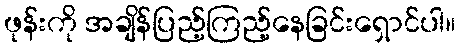
ဖုန်းကို အချိန်ပြည့်ကြည့်နေခြင်းရှောင်ပါ။